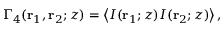
\begin{array} { r } { \Gamma _ { 4 } ( \mathbf { r } _ { 1 } , \mathbf { r } _ { 2 } ; z ) = \left\langle I ( \mathbf { r } _ { 1 } ; z ) I ( \mathbf { r } _ { 2 } ; z ) \right\rangle , } \end{array}